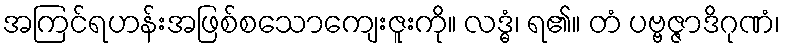
အကြင်ရဟန်းအဖြစ်စသောကျေးဇူးကို။ လဒ္ဓံ၊ ရ၏။ တံ ပဗ္ဗဇ္ဇာဒိဂုဏံ၊